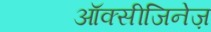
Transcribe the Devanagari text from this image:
ऑक्सीजिनेज़